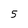
Character: 5